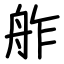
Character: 舴